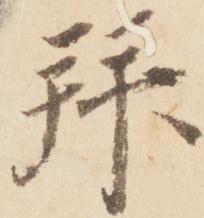
拝